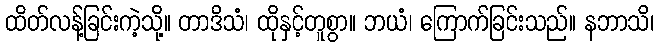
ထိတ်လန့်ခြင်းကဲ့သို့။ တာဒိသံ၊ ထိုနှင့်တူစွာ။ ဘယံ၊ ကြောက်ခြင်းသည်။ နဘာသိ၊